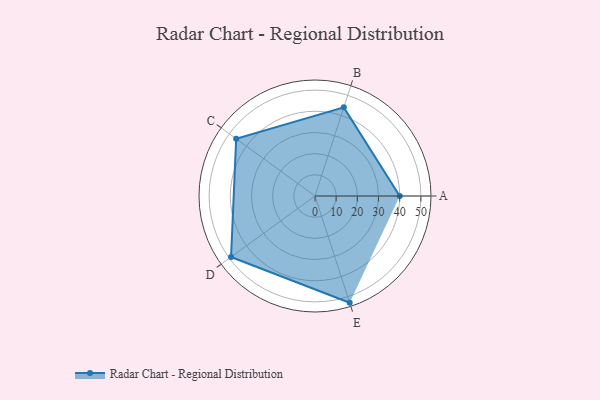
{"axis": {"x": "Skill", "y": "Score"}, "legend": ["Profile"], "data": [{"x": "A", "y": 40.0, "type": "Profile"}, {"x": "B", "y": 44.0, "type": "Profile"}, {"x": "C", "y": 46.0, "type": "Profile"}, {"x": "D", "y": 49.0, "type": "Profile"}, {"x": "E", "y": 53.0, "type": "Profile"}]}